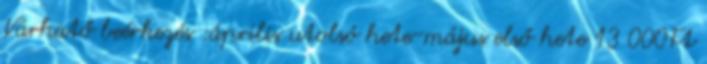
Várhatő beérkezés :április utolsó hete-május első hete 13 000Ft